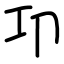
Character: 卭